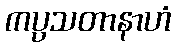
ကပ္ပသတာနာဟံ